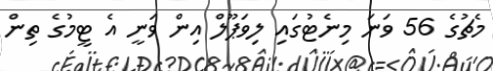
މެޗުގެ 56 ވަނަ މިނެޓުގައި ލިވަޕޫލް އިން ވަނީ އެ ޓީމުގެ ތިން